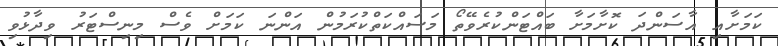
ކަމަށާއި އާސަންދަ ކޮށާމަށާ ބައްޓަންކުރެވޭތޯ މަސައްކަތްކުރަމުން އަންނަ ކަމަށް ވެސް މިނިސްޓަރު ވިދާޅުވި